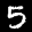
Label: 5